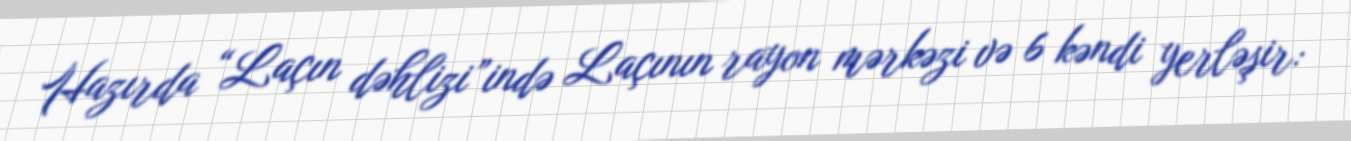
Hazırda “Laçın dəhlizi”ində Laçının rayon mərkəzi və 6 kəndi yerləşir: